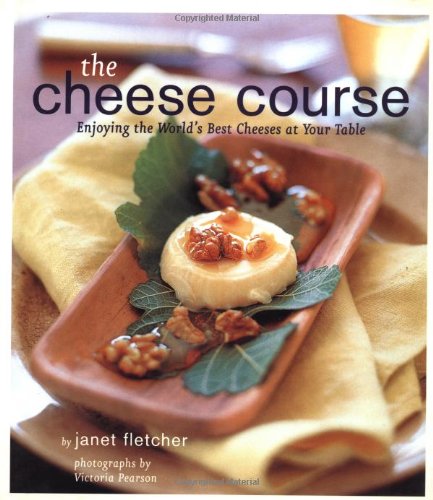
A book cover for The Cheese Course; Janet Fletcher; Cookbooks, Food & Wine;